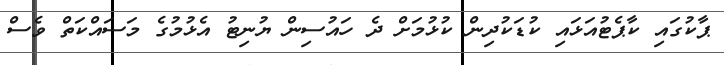
ޕާކުގައި ކާޕެޓުއަޅައި ކުޑަކުދިން ކުޅުމަށް ދެ ހައުސިން ޔުނިޓު އެޅުމުގެ މަސައްކަތް ވެސް